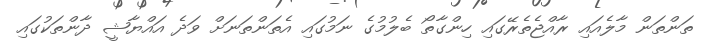
ތަންތަން މާލެއައި ރާއްޖެތެރޭގައި ހިންގާތޯ ބެލުމުގެ ނަމުގައި އެތަންތަނަށް ވަދެ އައްޔާޝީ ދާންތަކުގައި